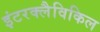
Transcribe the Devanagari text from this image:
इंटरक्लैविकिल